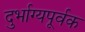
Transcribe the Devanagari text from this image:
दुर्भाग्यपूर्वक